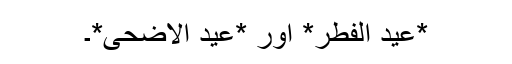
*عِیْدُ اْلفِطَرْ* اور *عِیْدُ اْلاَضْحٰیْ*۔